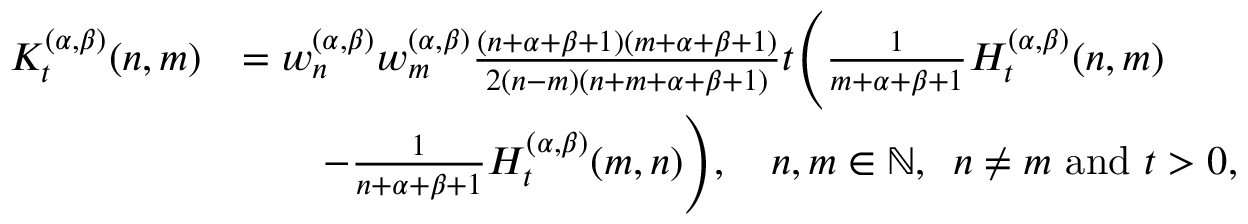
\begin{array} { r l } { { K } _ { t } ^ { ( \alpha , \beta ) } ( n , m ) } & { = w _ { n } ^ { ( \alpha , \beta ) } w _ { m } ^ { ( \alpha , \beta ) } \frac { ( n + \alpha + \beta + 1 ) ( m + \alpha + \beta + 1 ) } { 2 ( n - m ) ( n + m + \alpha + \beta + 1 ) } t \Bigg ( \frac { 1 } { m + \alpha + \beta + 1 } H _ { t } ^ { ( \alpha , \beta ) } ( n , m ) } \\ & { \qquad - \frac { 1 } { n + \alpha + \beta + 1 } H _ { t } ^ { ( \alpha , \beta ) } ( m , n ) \Bigg ) , \quad n , m \in { \mathbb { N } } , \: \; n \neq m \mathrm { ~ a n d ~ } t > 0 , } \end{array}